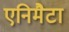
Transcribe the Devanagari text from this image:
एनिमैटा